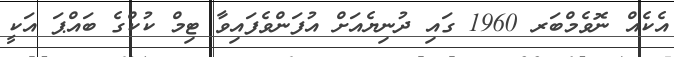
އެކެއް ނޮވެމްބަރ 1960 ގައި ދުނިޔެއަށް އުފަންވެފައިވާ ޓިމް ކުކްގެ ބައްޕަ އަކީ